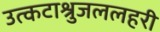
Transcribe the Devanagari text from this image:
उत्कटाश्रुजललहरी